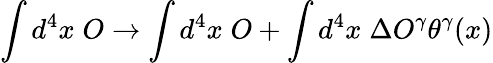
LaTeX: \int d^{4}x\; O\rightarrow\int d^{4}x\; O+\int d^{4}x\; \Delta O^{\gamma}\theta^{\gamma}(x)